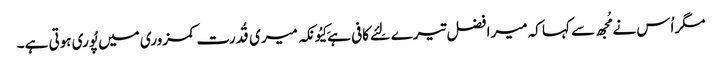
مگر اُس نے مُجھ سے کہا کہ میرا فضل تیرے لِئے کافی ہے کِیُونکہ میری قُدرت کمزوری میں پُوری ہوتی ہے۔